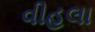
વીહલા